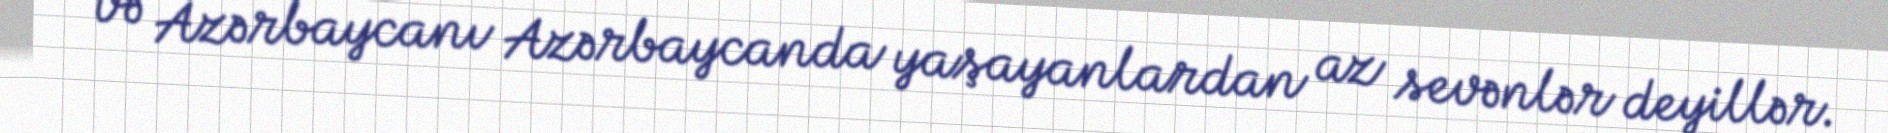
və Azərbaycanı Azərbaycanda yaşayanlardan az sevənlər deyillər.